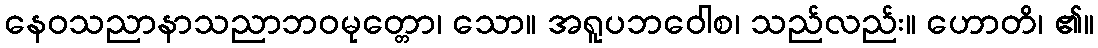
နေဝသညာနာသညာဘဝမုတ္တော၊ သော။ အရူပဘဝေါစ၊ သည်လည်း။ ဟောတိ၊ ၏။